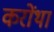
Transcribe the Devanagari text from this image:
करोंथा